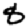
Digit: 8